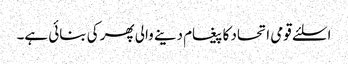
اسلئے قومی اتحاد کا پیغام دینے والی پھر کی بنائی ہے۔